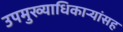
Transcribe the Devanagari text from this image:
उपमुख्याधिकाऱ्यांसह